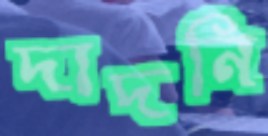
দাদনি